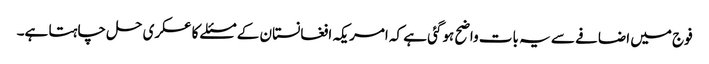
فوج میں اضافے سے یہ بات واضح ہوگئی ہے کہ امریکہ افغانستان کے مسئلے کا عسکری حل چاہتا ہے۔